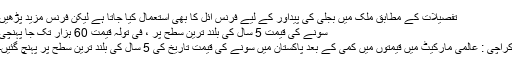
تفصیلات کے مطابق ملک میں بجلی کی پیداور کے لیے فرنس آئل کا بھی استعمال کیا جاتا ہے لیکن فرنس مزید پڑھیں
سونے کی قیمت 5 سال کی بلند ترین سطح پر ، فی تولہ قیمت 60 ہزار تک جا پہنچی
کراچی : عالمی مارکیٹ میں قیمتوں میں کمی کے بعد پاکستان میں سونے کی قیمت تاریخ کی 5 سال کی بلند ترین سطح پر پہنچ گئیں۔